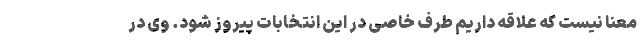
معنا نیست که علاقه داریم طرف خاصی در این انتخابات پیروز شود. وی در